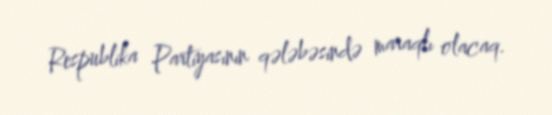
Respublika Partiyasının qələbəsində maraqlı olacaq.